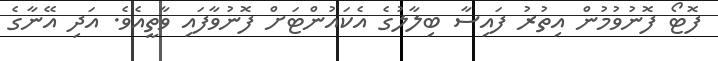
ފޮޓޯ ފޮނުވުމުން އިތުރު ފައިސާ ބިލާލުގެ އެކައުންޓަށް ފޮނުވާފައި ވާތީއެވެ. އަދި އޭނާގެ